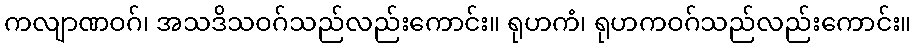
ကလျာဏဝဂ်၊ အသဒိသဝဂ်သည်လည်းကောင်း။ ရုဟကံ၊ ရုဟကဝဂ်သည်လည်းကောင်း။